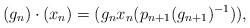
LaTeX: \begin{align*}(g_n)\cdot (x_n) = (g_n x_n (p_{n+1}(g_{n+1})^{-1})),\end{align*}